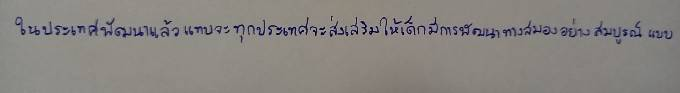
ในประเทศพัฒนาแล้วแทบจะทุกประเทศจะส่งเสริมให้เด็กมีการพัฒนาทางสมองอย่างสมบูรณ์แบบ